Civil Veterinary Department. Central Provinces & Berar 1932-41 - 1932-1941
Year: 1932
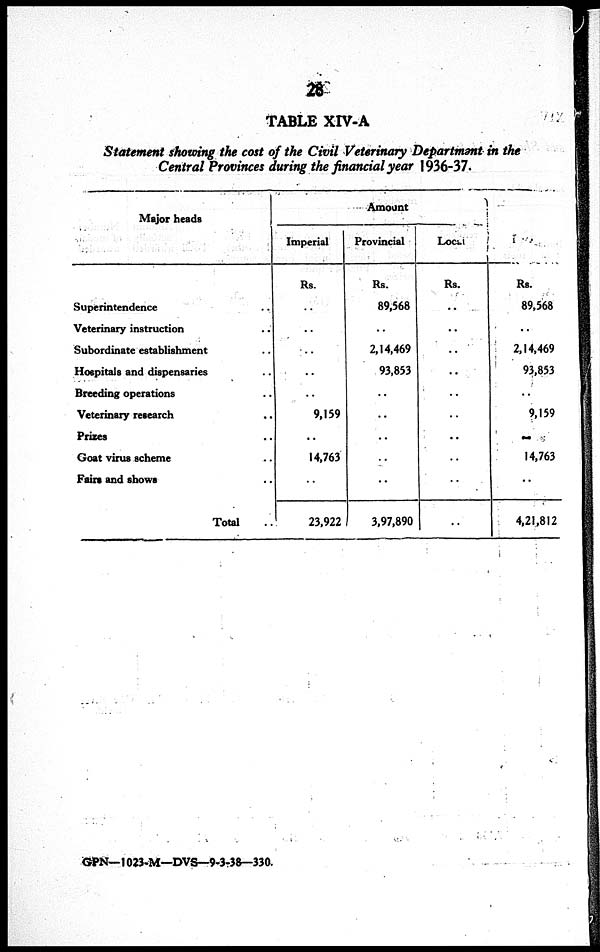
28
TABLE XIV-A
Statement showing the cost of the Civil Veterinary Department in the
Central Provinces during the financial year 1936-37.
Major heads
Superintendence ..
Veterinary instruction ..
Subordinate establishment ..
Hospitals and dispensaries ..
Breeding operations ..
Veterinary research ..
Prizes ..
Goat virus scheme ..
Fairs and shows ..
Total ..
Amount
Imperial
Rs.
..
..
..
..
..
9,159
..
14,763
..
23,922
Provincial
Rs.
89,568
..
2,14,469
93,853
..
..
..
..
..
3,97,890
Local
Rs.
..
..
..
..
..
..
..
..
..
..
Rs.
89,568
..
2,14,469
93,853
..
9,159
..
14,763
..
4,21,812
GPN— 1023-M—DVS-9-3-38— 330.